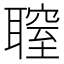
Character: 䏄